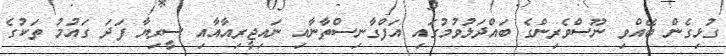
ގުޅިގެން ބޭއްވި ނޫސްވެރިންގެ ބައްދަލުވުމުގައި އަފްގާނިސްތާނާއި ނައިޖީރިއާއާއި ސީރިޔާ ފަދަ ގައުމު ތަކުގެ